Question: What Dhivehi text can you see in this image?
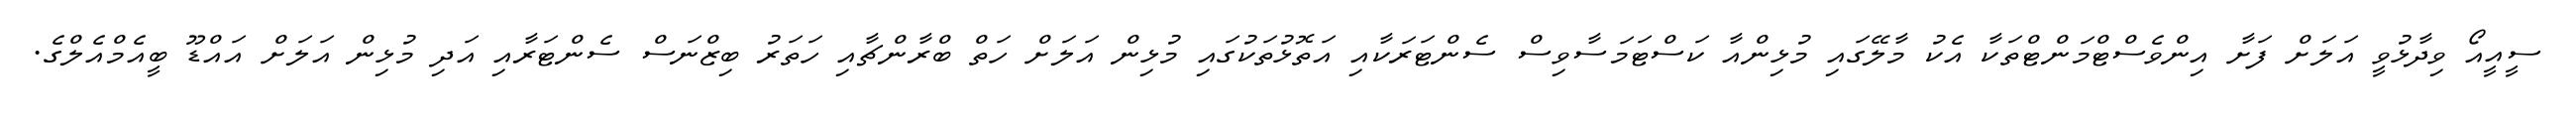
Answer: ސީއީއޯ ވިދާޅުވީ އަލަށް ފަށާ އިންވެސްޓްމަންޓްތަކާ އެކު މާލޭގައި މުޅިންއާ ކަސްޓަމަސާވިސް ސެންޓަރަކާއި އަތޮޅުތަކުގައި މުޅިން އަލަށް ހަތް ބްރާންޗާއި ހަތަރު ބިޒްނަސް ސެންޓަރާއި އަދި މުޅިން އަލަށް އައްޑޫ ބީއެމްއެލްގެ.